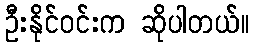
ဦးနိုင်ဝင်းက ဆိုပါတယ်။